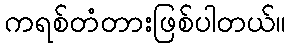
ကရစ်တံတားဖြစ်ပါတယ်။